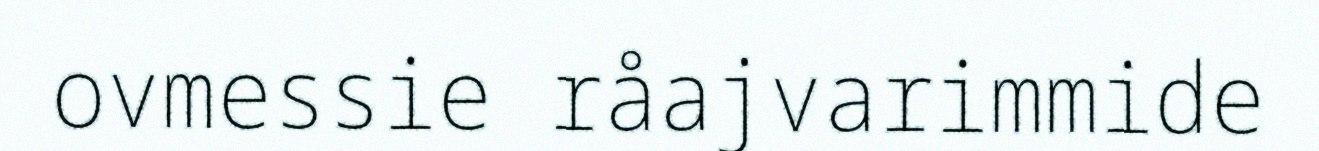
ovmessie råajvarimmide